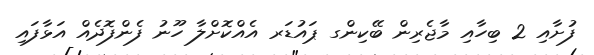
ފުށާއި 2 ބިހާއި މާޖެރިން ބޭކިންގ ޕައުޑަރ އެއްކޮށްލާ ހޫނު ފެންފޮދެއް އަޅާފައި